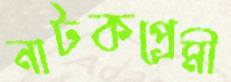
নাটকপ্রেমী